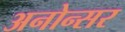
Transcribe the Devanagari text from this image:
अनोन्सर